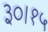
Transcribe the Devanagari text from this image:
३०।१५